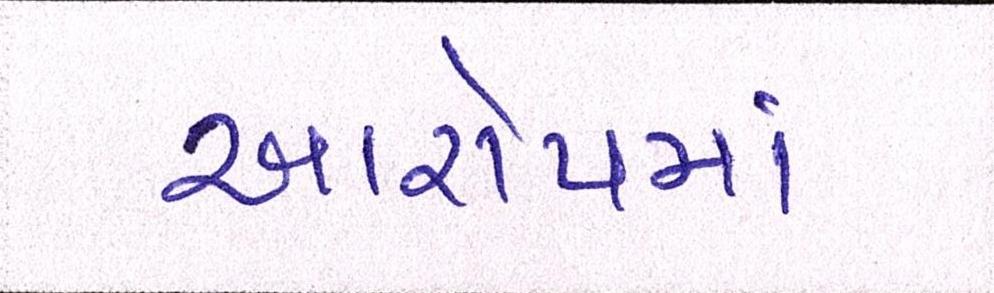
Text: આરોપમાં